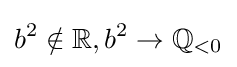
b^{2}\notin \mathbb {R} ,b^{2}\to \mathbb {Q} _{<0}